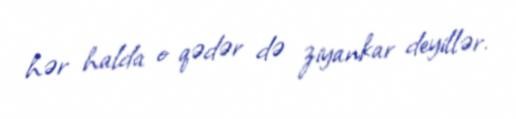
hər halda o qədər də ziyankar deyillər.